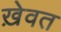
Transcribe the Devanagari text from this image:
ख़ेवत